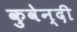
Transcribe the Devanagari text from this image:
कुवेन्दी